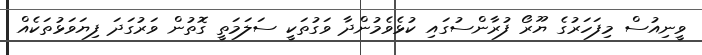
ވީނިއުސް މިފަހަރުގެ ޔޫރޯ ފުރާންސުގައި ކުޅެވެމުންދާ ވަގުތަކީ ސަލަމަތީ ގޮތުން ވަރުގަދަ ފިޔަވަޅުތަކެއް